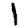
Digit: 1